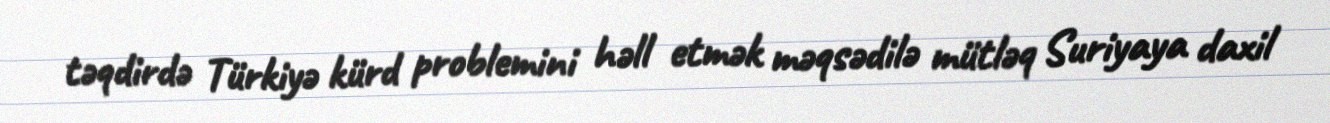
təqdirdə Türkiyə kürd problemini həll etmək məqsədilə mütləq Suriyaya daxil